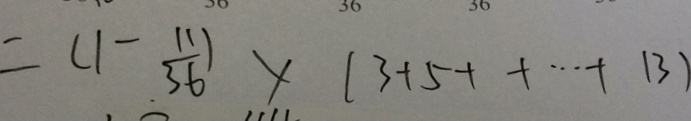
= ( 1 - \frac { 1 1 } { 3 6 } ) \times ( 3 + 5 + + \cdots + 1 3 )